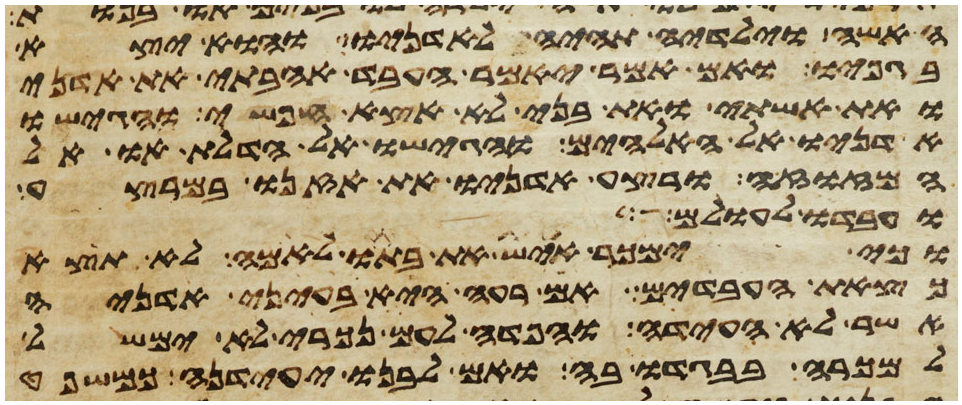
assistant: האשה וילידיה תהיה לאדניו והוא יצא
בגפיו אם אמר יאמר העבד אהבתי את אדני
את אשתי ואת בני לא אצא חפשי והגישו
אדניו אל האלהים והגישו אל הדלת או אל
המזוזה ורצע אדניו את אזנו במרצע
ועבדו לעולם
וכי ימכר איש את בתו לאמה לא תצא
כצאת העבדים אם רעה היא בעיני אדניה
אשר לא העידה והפדה לעם נכרי לא ימשל
למכרה בבגדו בה ואם לבנו יעידנה כמשפט